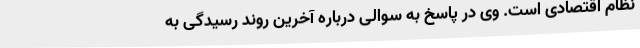
نظام اقتصادی است. وی در پاسخ به سوالی درباره آخرین روند رسیدگی به